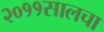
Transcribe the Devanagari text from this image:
२०११सालचा